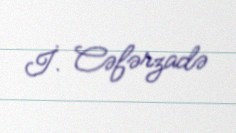
İ. Cəfərzadə